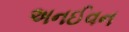
અનઈવન